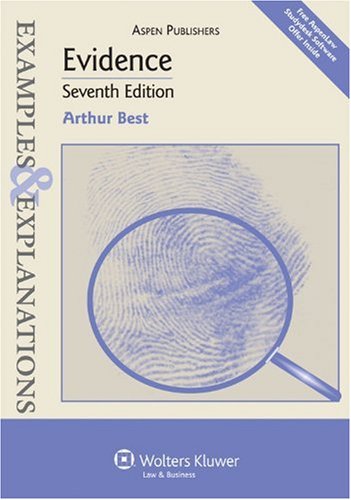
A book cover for Evidence: Examples & Explanations; Arthur Best; Law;